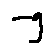
- g